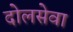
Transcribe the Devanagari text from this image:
दोलसेवा